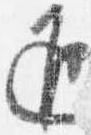
返